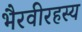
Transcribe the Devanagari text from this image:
भैरवीरहस्य